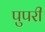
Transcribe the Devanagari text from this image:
पुपरी